Problem: 2 × 8 = ?
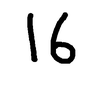
Handwritten answer: 16